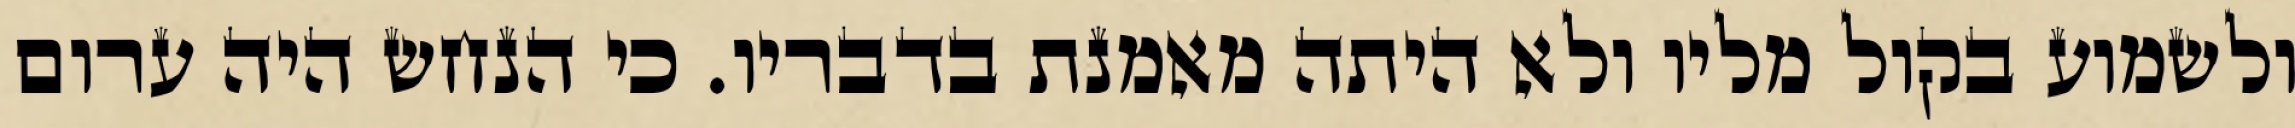
ולשמוע בקול מליו ולא היתה מאמנת בדבריו. כי הנחש היה ערום